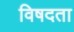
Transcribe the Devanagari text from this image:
विषदता